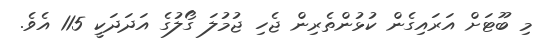
މި ބޫޓަށް އަރައިގެން ކުޅުންތެރިން ޖެހި ޖުމުލަ ގޯލުގެ އަދަދަކީ 115 އެވެ.